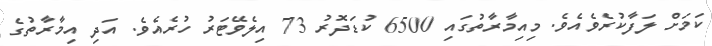
ކަމަށް ލަފާކުރެވެއެވެ. މިއިމާރާތުގައި 6500 ކުޑަދޮރު 73 އިލެވޭޓަރު ހުރެއެވެ. އަދި އިމާރާތުގެ